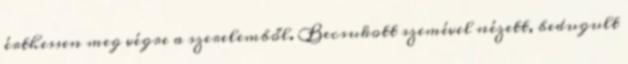
érthessen meg végre a szerelemből. Becsukott szemével nézett, bedugult